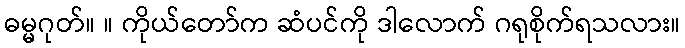
ဓမ္မဂုတ်။ ။ ကိုယ်တော်က ဆံပင်ကို ဒါလောက် ဂရုစိုက်ရသလား။